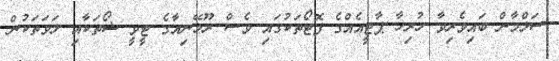
ސަލްމާން ބައިވެރިވާ ހުރިހާ ޕާޓީއެއްގެ ފޮޓޯތަކުގައި ވެސް ރޫމޭނިއާގެ ޓީވީ ޝޯތަކާއި ލަވަތަކުން